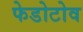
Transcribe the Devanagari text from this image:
फेडोटोव